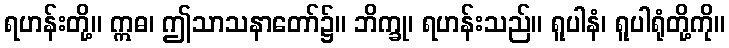
ရဟန်းတို့။ ဣဓ၊ ဤသာသနာတော်၌။ ဘိက္ခု၊ ရဟန်းသည်။ ရူပါနံ၊ ရူပါရုံတို့ကို။